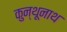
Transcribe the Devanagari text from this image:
कुन्थूनाथ